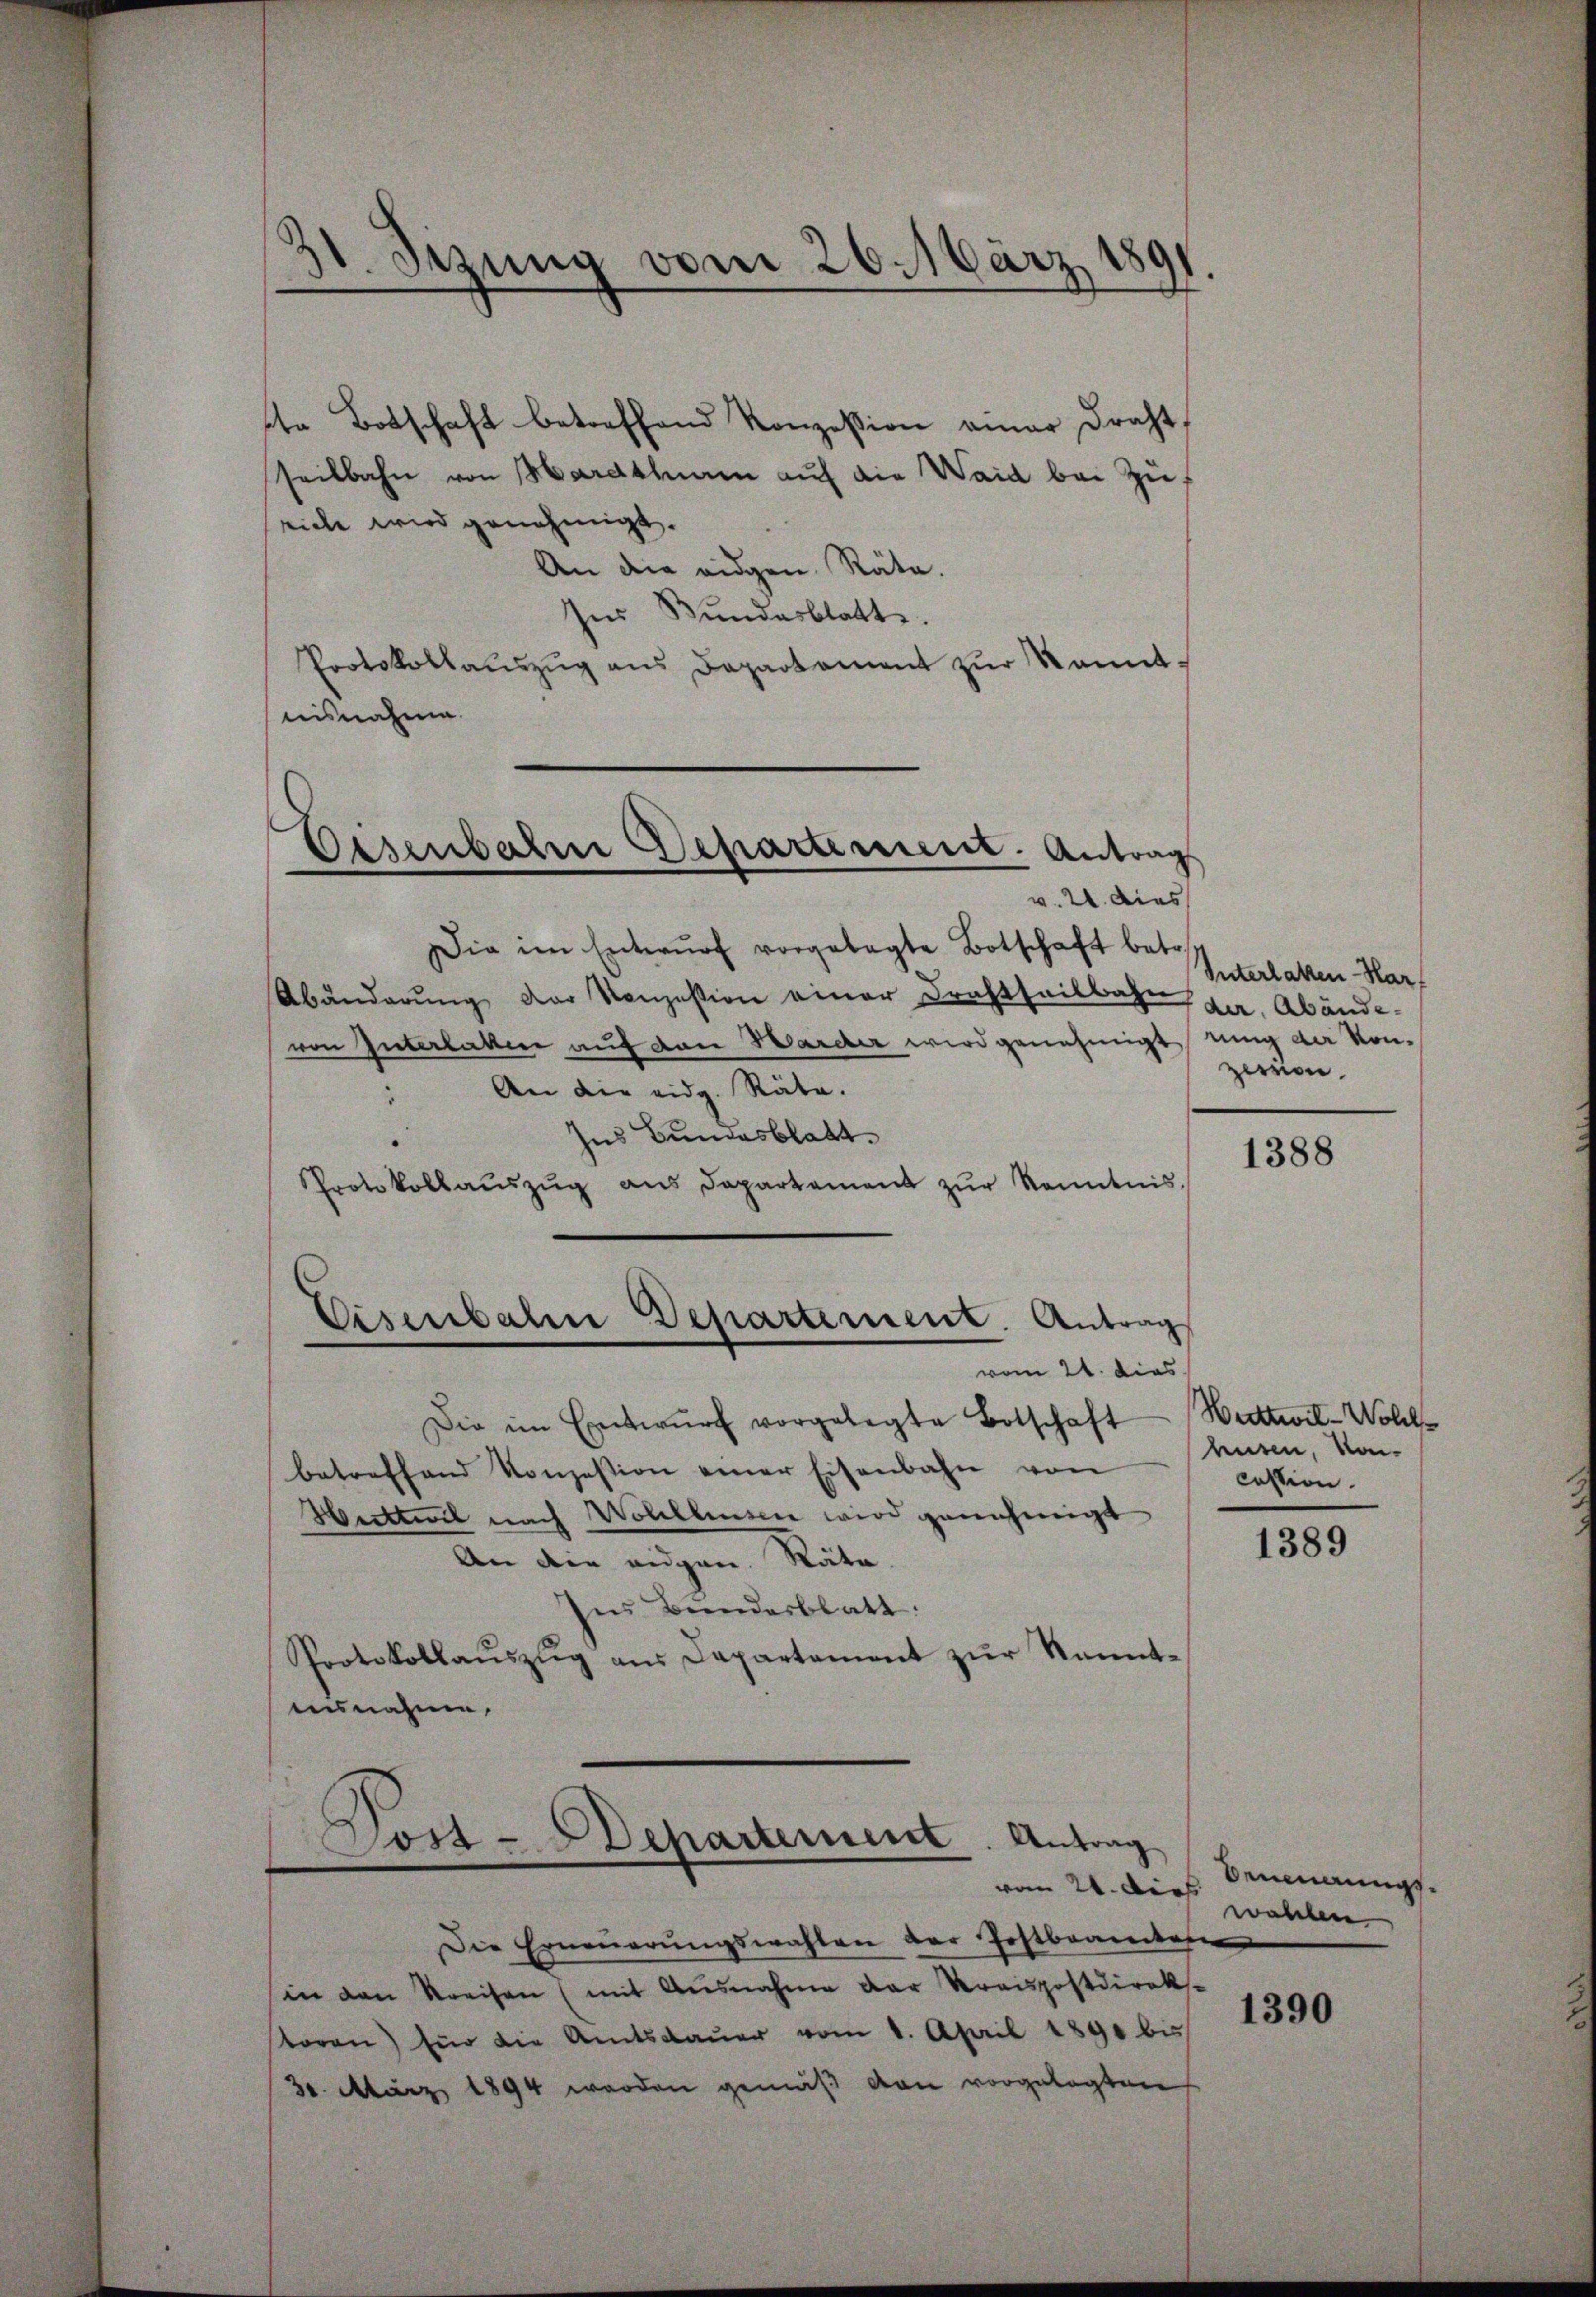
21. Sezung vom 26. März 1891.

Osenbahrer Departement. Antrags
v. 21. dies

n Botschaft betreffend Konzession einer Draht
seilbahn von Hardaham auf die Waid bei Zuriebe wird genehmigt.
An die eidgen. Räte.
Ins Bundesblatte.
Protokollaŭszŭg ans Departament zŭr kannt.
nisnahme
Die im Entwŭrf vorgelegte Botschaft betr.
Abänderŭng der Konzession einer Drahtheilbahn der Abände-
von Interlaken auf den Warder wird genehmigt eing der von-
An die eidg. Räte.
Ins Bundesblatt
Protokollaŭszŭg ans Departement zŭr Kenntnis.
Eisenbahn Departement. Antrag
vom 21. dies
Die im Entwŭrf vorgelegte Botschaft
betreffend Konzession einer Eisenbahn von
Huitteil nach Wolllingen wird genehmigt
An die eidgen. Räte.
Ins Bundesblatt.
Protokollaŭszŭg aŭs Departement zŭr kannt-
ausnahme.

Post-Departement. Antrag
vom 21. dies

Die Erneuerungswahlen der Postbeamtes
in den Streisen (mit Ausnahme der Kreispostdirek
toren) für die Amtsdaŭer vom 1. April 1890 bis
30. März 1894 werden gemäß von vorgelegten

Interlaken Harf
zerron

1388

Wattwit-Wohlhusen, von
cession.

1389

Oennerungswahlen.

1390